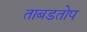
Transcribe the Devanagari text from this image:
ताबडतोप